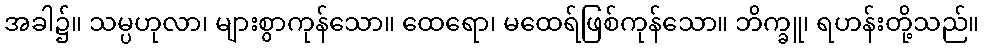
အခါ၌။ သမ္ပဟုလာ၊ များစွာကုန်သော။ ထေရော၊ မထေရ်ဖြစ်ကုန်သော။ ဘိက္ခူ၊ ရဟန်းတို့သည်။